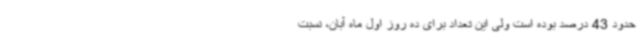
حدود 43 درصد بوده است ولی این تعداد برای ده روز اول ماه آبان، نسبت